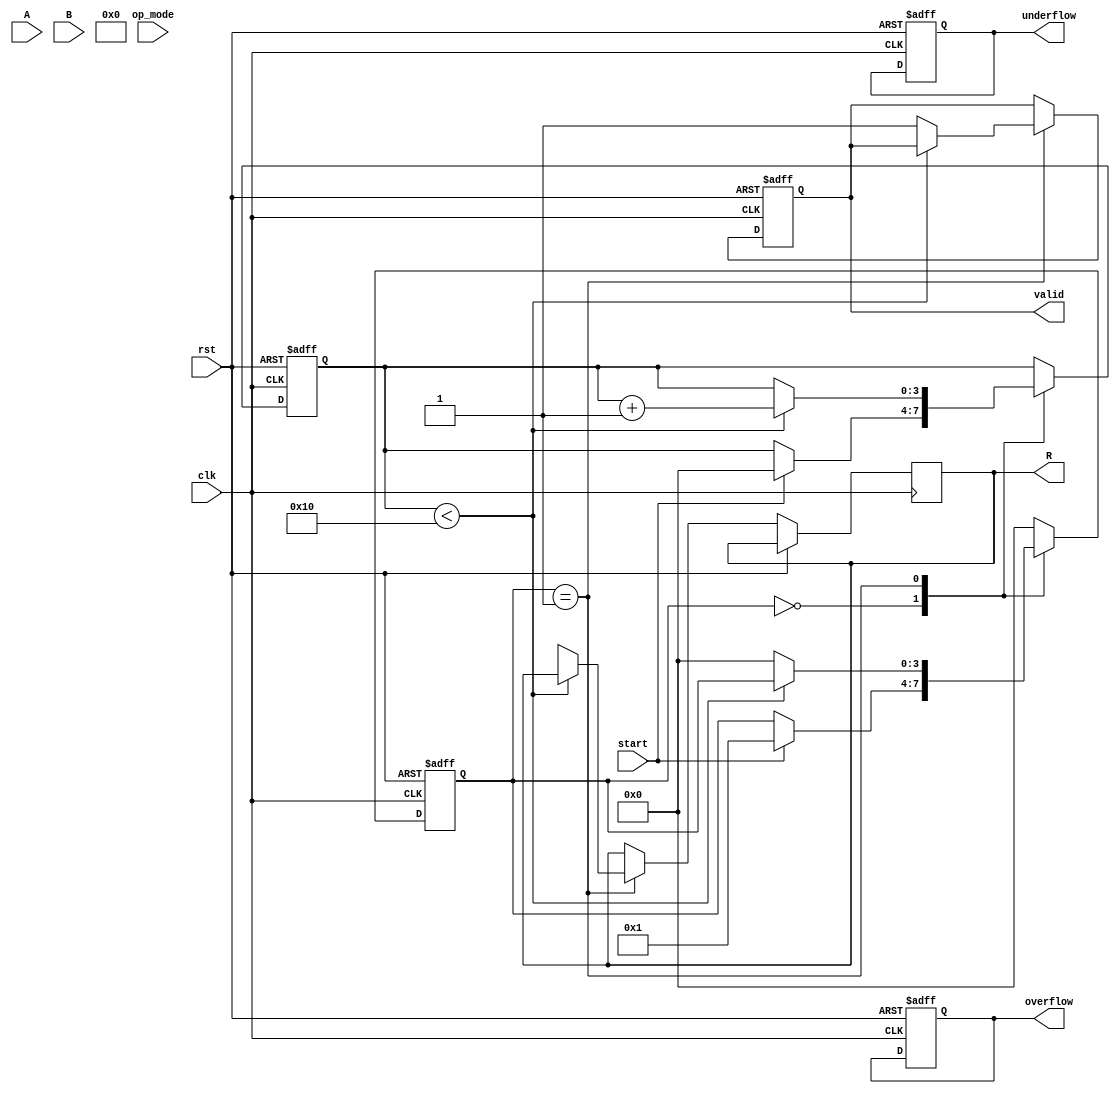
module unified_cordic (
    input wire clk,
    input wire rst,
    input wire [15:0] A, // Input operand A
    input wire [15:0] B, // Input operand B
    input wire [2:0] op_mode, // Operation mode: 0 - Add, 1 - Subtract, 2 - Multiply, 3 - Divide, 4 - Rotate
    input wire start, // Signal to start the operation
    output reg [31:0] R, // Result
    output reg valid, // Result valid flag
    output reg overflow, // Overflow flag
    output reg underflow // Underflow flag
);

    // Parameters
    parameter NUM_ITERATIONS = 16; // Number of iterations for CORDIC
    parameter CORDIC_SCALE = 16'h26DD; // Scaling factor for CORDIC

    // Internal signals
    reg [15:0] x[0:NUM_ITERATIONS-1]; // X coordinates
    reg [15:0] y[0:NUM_ITERATIONS-1]; // Y coordinates
    reg [15:0] z[0:NUM_ITERATIONS-1]; // Angle values
    reg [3:0] state; // State machine for control
    reg [3:0] iter; // Iteration counter

    // Angle Lookup Table (precomputed arctangent values)
    initial begin
        z[0] = 16'h0000; // atan(0)
        z[1] = 16'h2000; // atan(1)
        z[2] = 16'h1555; // atan(0.5)
        z[3] = 16'h0C89; // atan(0.25)
        // ... Fill other angle values as needed
    end

    // State machine for control
    always @(posedge clk or posedge rst) begin
        if (rst) begin
            state <= 0;
            iter <= 0;
            valid <= 0;
            overflow <= 0;
            underflow <= 0;
        end else begin
            case (state)
                0: begin // Idle state
                    if (start) begin
                        x[0] <= A;
                        y[0] <= (op_mode == 0 || op_mode == 1) ? B : 0; // For add/sub, use B
                        iter <= 0;
                        state <= 1; // Move to processing state
                    end
                end
                1: begin // Processing state
                    if (iter < NUM_ITERATIONS) begin
                        // CORDIC rotation logic
                        if (op_mode == 0 || op_mode == 1) begin // Addition/Subtraction
                            if (y[iter] < 0) begin
                                x[iter + 1] <= x[iter] + (y[iter] >>> iter);
                                y[iter + 1] <= y[iter] + (x[iter] >>> iter);
                            end else begin
                                x[iter + 1] <= x[iter] - (y[iter] >>> iter);
                                y[iter + 1] <= y[iter] - (x[iter] >>> iter);
                            end
                        end else if (op_mode == 2) begin // Multiplication
                            // Implement multiplication logic
                        end else if (op_mode == 3) begin // Division
                            // Implement division logic
                        end else if (op_mode == 4) begin // Rotation
                            // Implement rotation logic
                        end
                        iter <= iter + 1;
                    end else begin
                        // Finalize result
                        R <= (x[NUM_ITERATIONS] * CORDIC_SCALE) >> NUM_ITERATIONS;
                        valid <= 1;
                        state <= 0; // Back to idle
                    end
                end
                default: state <= 0; // Default to idle
            endcase
        end
    end

endmodule